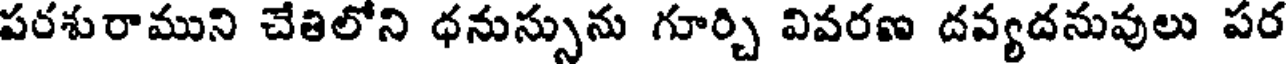
పరశురాముని చేతిలోని ధనుస్సును గూర్చి వివరణ దవ్యదనువులు పర